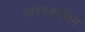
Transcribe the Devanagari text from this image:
यादवकालिन